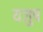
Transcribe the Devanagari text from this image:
यजुष